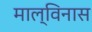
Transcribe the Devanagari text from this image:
माल्विनास